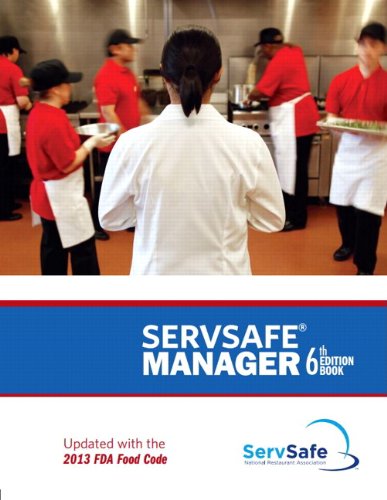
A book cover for ServSafe Manager, Revised (6th Edition); National Restaurant Associatio; Business & Money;